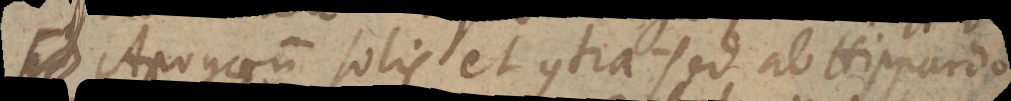
sit Apogaeum solis et contra. Sed ab Hipparcho